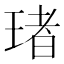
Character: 琽